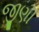
જીણી